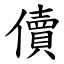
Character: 儥